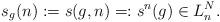
LaTeX: \begin{align*}s_g(n) := s(g, n) =: s^n(g) \in L^N_n.\end{align*}